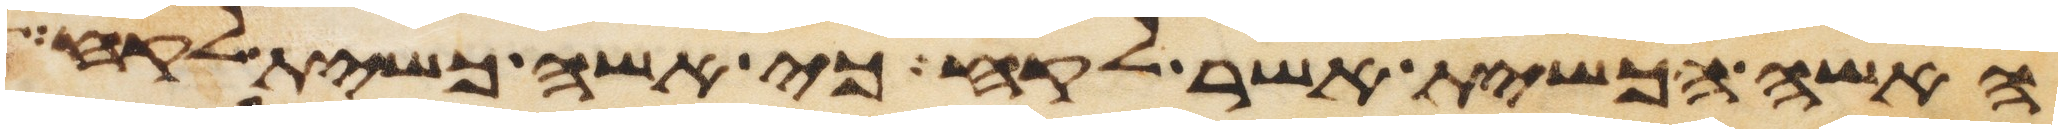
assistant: האשה הכשית אשר לקח כי אשה כשית לקח